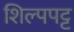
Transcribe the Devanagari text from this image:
शिल्पपट्ट